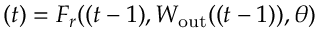
\r ( t ) = F _ { r } ( \r ( t - 1 ) , W _ { \mathrm { o u t } } ( \r ( t - 1 ) ) , \theta )